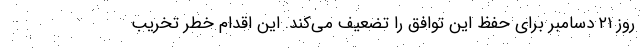
روز ۲۱ دسامبر برای حفظ این توافق را تضعیف می‌کند. این اقدام خطر تخریب